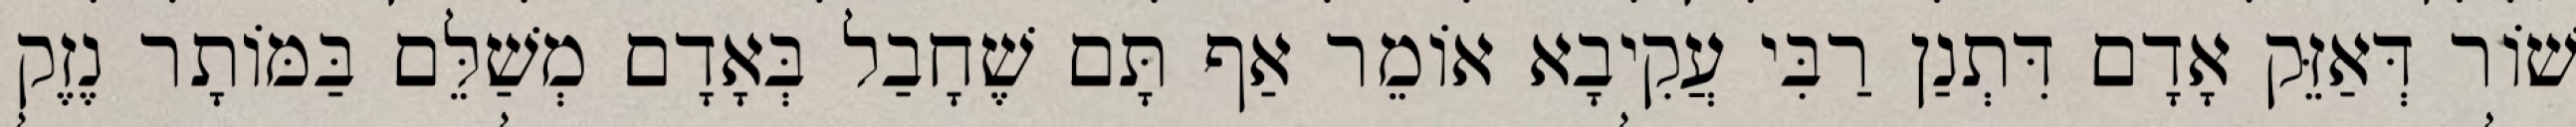
שׁוֹר דְּאַזֵּק אָדָם דִּתְנַן רַבִּי עֲקִיבָא אוֹמֵר אַף תָּם שֶׁחָבַל בְּאָדָם מְשַׁלֵּם בַּמּוֹתָר נֶזֶק